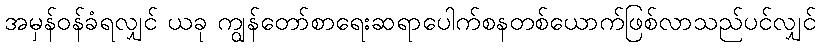
အမှန်ဝန်ခံရလျှင် ယခု ကျွန်တော်စာရေးဆရာပေါက်စနတစ်ယောက်ဖြစ်လာသည်ပင်လျှင်